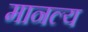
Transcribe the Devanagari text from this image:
मानल्य